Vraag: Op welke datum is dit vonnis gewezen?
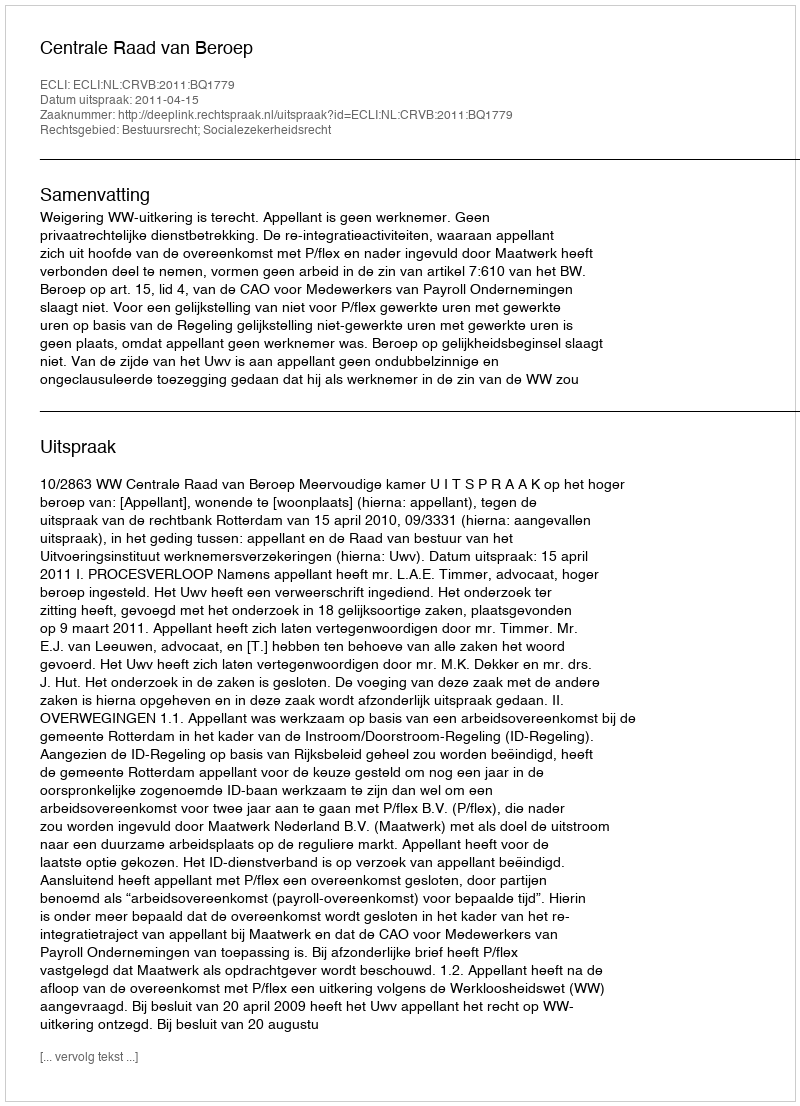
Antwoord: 2011-04-15